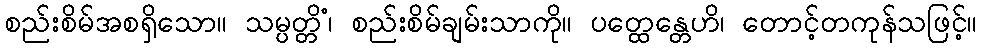
စည်းစိမ်အစရှိသော။ သမ္ပတ္တိံ၊ စည်းစိမ်ချမ်းသာကို။ ပတ္ထေန္တေဟိ၊ တောင့်တကုန်သဖြင့်။